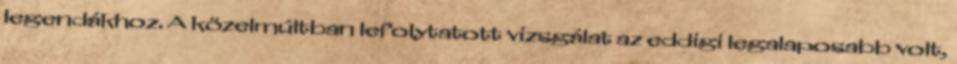
legendákhoz. A közelmúltban lefolytatott vizsgálat az eddigi legalaposabb volt,